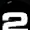
Digit: 2